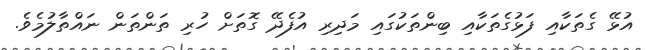
އުޅޭ ގެތަކާއި ފަޅުގެތަކާއި ބިންތަކުގައި މަދިރި އުފެދޭ ގޮތަށް ހުރި ތަންތަން ނައްތާލުމެވެ.